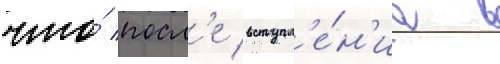
что́ посл'е вступл'е́н'иа в